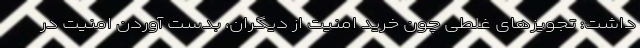
داشت: تجویزهای غلطی چون خرید امنیت از دیگران، بدست آوردن امنیت در